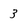
Character: 3